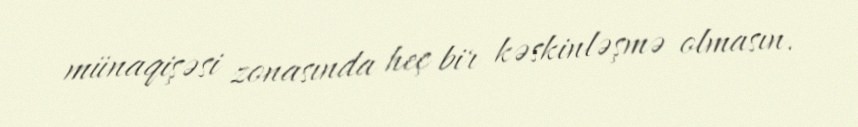
münaqişəsi zonasında heç bir kəskinləşmə olmasın.